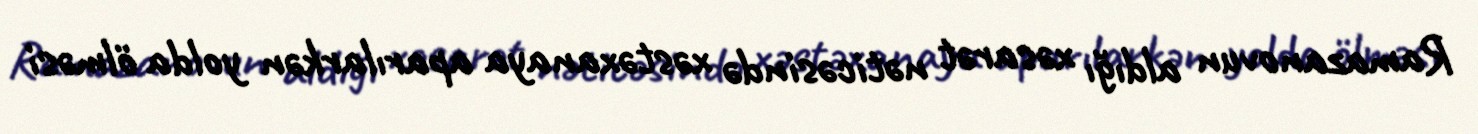
Ramazanovun aldığı xəsarət nəticəsində xəstəxanaya aparılarkən yolda ölməsi